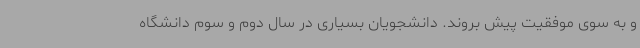
و به سوی موفقیت پیش بروند. دانشجویان بسیاری در سال دوم و سوم دانشگاه